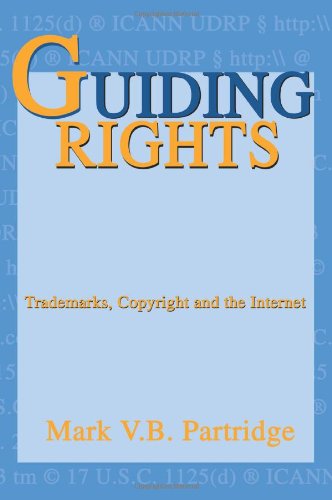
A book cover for Guiding Rights: Trademarks, Copyright and the Internet; Mark Partridge; Law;